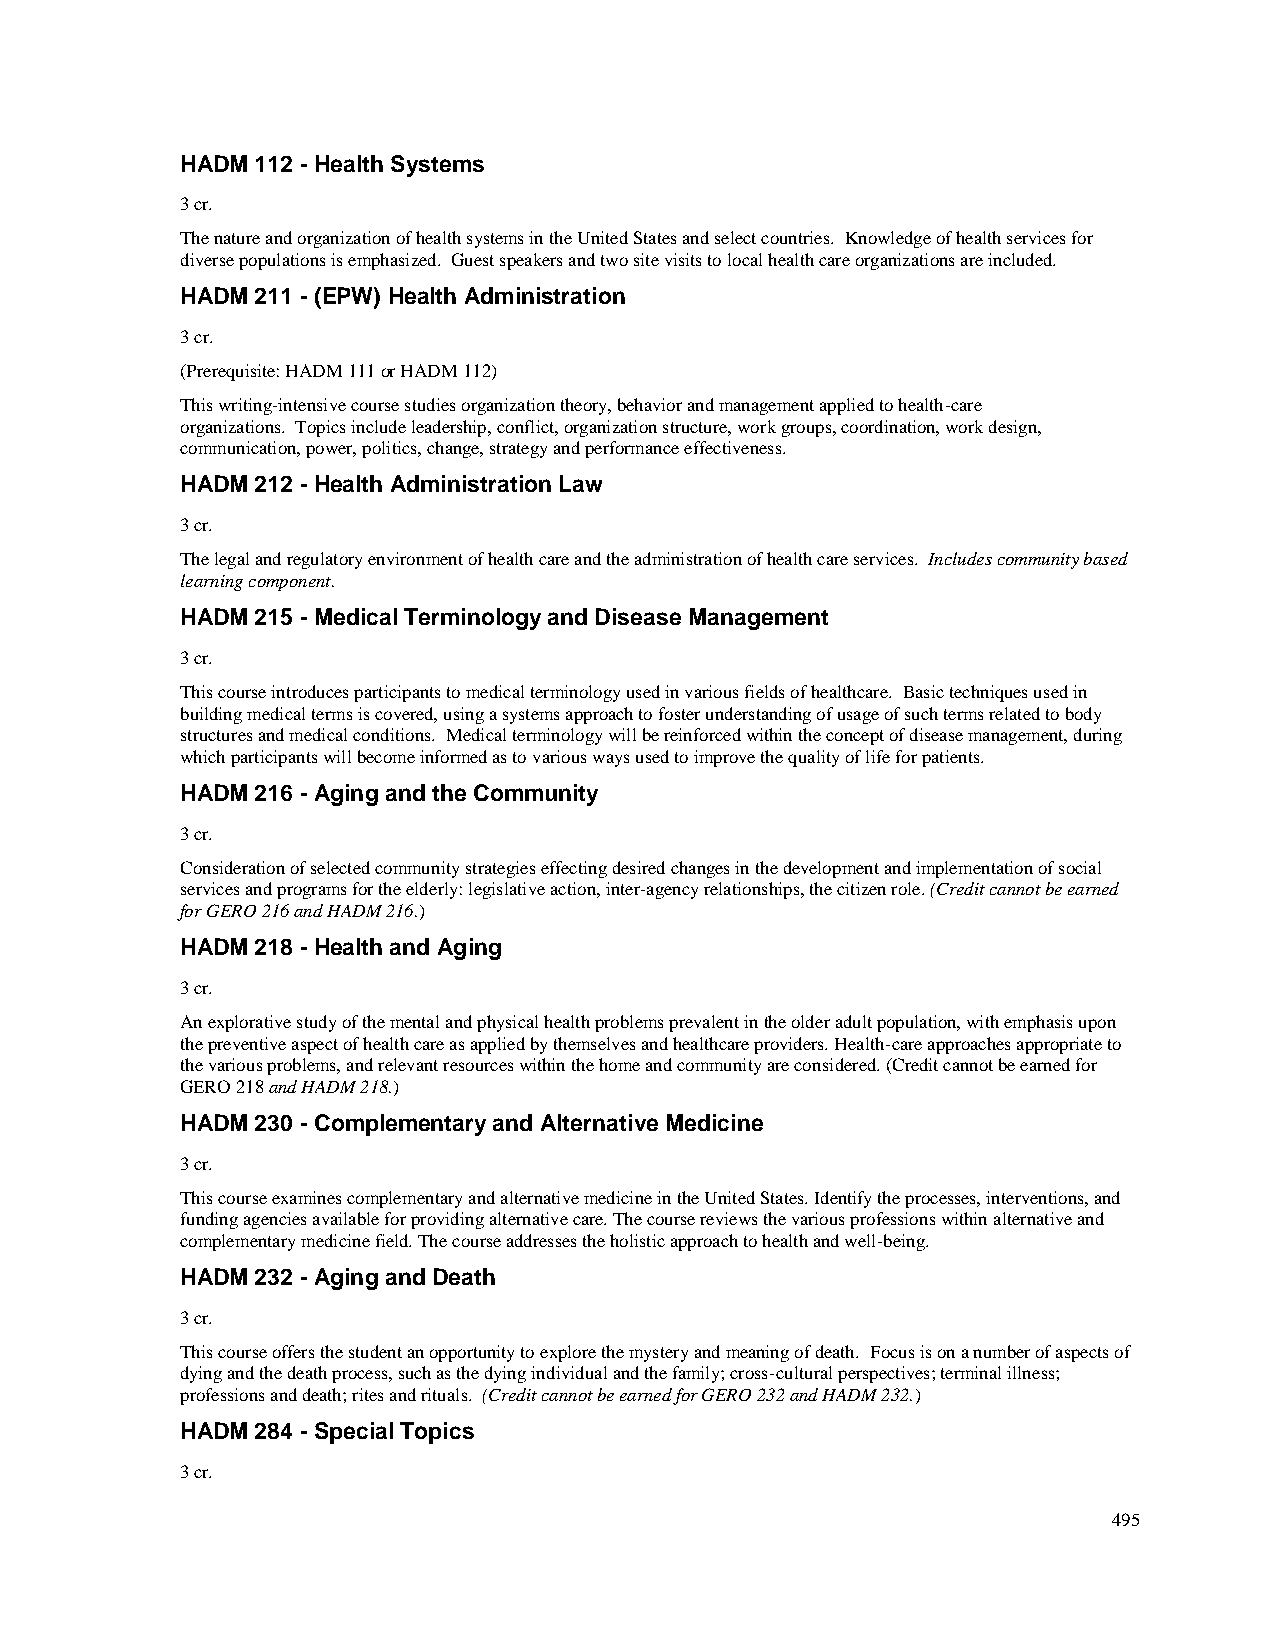
HADM 112 - Health Systems
 3 cr.
 The nature and organization of health systems in the United States and select countries. Knowledge of health services for
 diverse populations is emphasized. Guest speakers and two site visits to local health care organizations are included.
 HADM 211 - (EPW) Health Administration
 3 cr.
 (Prerequisite: HADM 111 or HADM 112)
 This writing-intensive course studies organization theory, behavior and management applied to health-care
 organizations. Topics include leadership, conflict, organization structure, work groups, coordination, work design,
 communication, power, politics, change, strategy and performance effectiveness.
 HADM 212 - Health Administration Law
 3 cr.
 The legal and regulatory environment of health care and the administration of health care services. Includes community based
 learning component.
 HADM 215 - Medical Terminology and Disease Management
 3 cr.
 This course introduces participants to medical terminology used in various fields of healthcare. Basic techniques used in
 building medical terms is covered, using a systems approach to foster understanding of usage of such terms related to body
 structures and medical conditions. Medical terminology will be reinforced within the concept of disease management, during
 which participants will become informed as to various ways used to improve the quality of life for patients.
 HADM 216 - Aging and the Community
 3 cr.
 Consideration of selected community strategies effecting desired changes in the development and implementation of social
 services and programs for the elderly: legislative action, inter-agency relationships, the citizen role. (Credit cannot be earned
 for GERO 216 and HADM 216.)
 HADM 218 - Health and Aging
 3 cr.
 An explorative study of the mental and physical health problems prevalent in the older adult population, with emphasis upon
 the preventive aspect of health care as applied by themselves and healthcare providers. Health-care approaches appropriate to
 the various problems, and relevant resources within the home and community are considered. (Credit cannot be earned for
 GERO 218 and HADM 218.)
 HADM 230 - Complementary and Alternative Medicine
 3 cr.
 This course examines complementary and alternative medicine in the United States. Identify the processes, interventions, and
 funding agencies available for providing alternative care. The course reviews the various professions within alternative and
 complementary medicine field. The course addresses the holistic approach to health and well-being.
 HADM 232 - Aging and Death
 3 cr.
 This course offers the student an opportunity to explore the mystery and meaning of death. Focus is on a number of aspects of
 dying and the death process, such as the dying individual and the family; cross-cultural perspectives; terminal illness;
 professions and death; rites and rituals. (Credit cannot be earned for GERO 232 and HADM 232.)
 HADM 284 - Special Topics
 3 cr.
 495